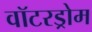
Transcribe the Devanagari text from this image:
वॉटरड्रोम